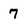
Character: 7